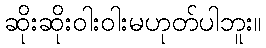
ဆိုးဆိုးဝါးဝါးမဟုတ်ပါဘူး။